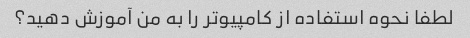
لطفا نحوه استفاده از کامپیوتر را به من آموزش دهید؟